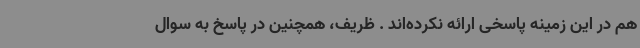
هم در این زمینه پاسخی ارائه نکرده‌اند . ظریف، همچنین در پاسخ به سوال